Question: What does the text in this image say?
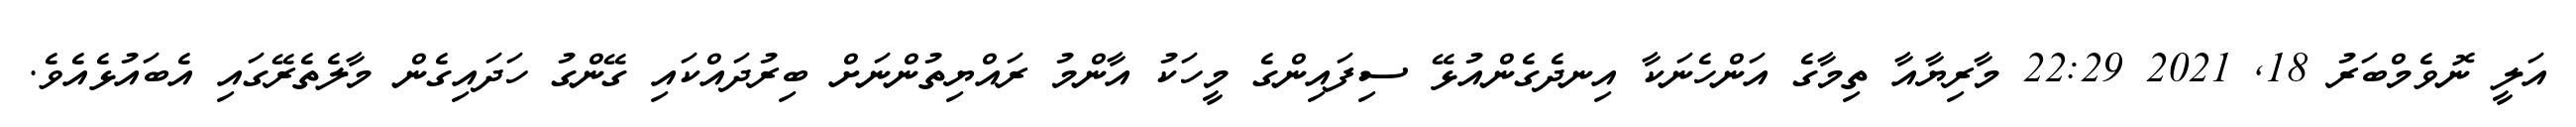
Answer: އަލީ ނޮވެމްބަރު 18, 2021 22:29 މާރިޔާއާ ތިމާގެ އަންހެނަކާ އިނދެގެންއުޅޭ ސިފައިންގެ މީހަކު އާންމު ރައްޔިތުންނަށް ބިރުދައްކައި ގޭންގު ހަދައިގެން މާލެތެރޭގައި އެބައުޅެއެވެ.